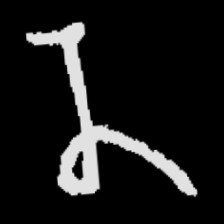
Pyu character \u2014 Myanmar letter: န (romanized: na)